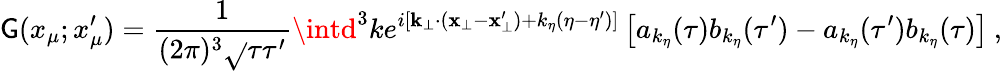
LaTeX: \mathsf{G}(x_{\mu};x_{\mu}^{\prime})=\frac{{1}}{{(2\pi)^{3}\sqrt{}{{\tau\tau^{\prime}}}}}\intd^{3}ke^{i[\mathbf{{k}}_{\bot}\cdot(\mathbf{{x}}_{\bot}-\mathbf{{x}}_{\bot}^{\prime})+k_{\eta}(\eta-\eta^{\prime})]}\left[a_{k_{\eta}}(\tau)b_{k_{\eta}}(\tau^{\prime})-a_{k_{\eta}}(\tau^{\prime})b_{k_{\eta}}(\tau)\right]\: ,